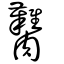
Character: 臡